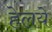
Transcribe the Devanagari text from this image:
हेलये